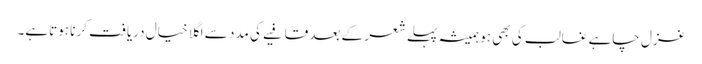
غزل چاہے غالب کی بھی ہو ہمیشہ پہلے شعر کے بعد قافیے کی مدد سے اگلا خیال دریافت کرنا ہوتاہے۔